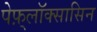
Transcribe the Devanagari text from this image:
पेफ़्लॉक्सासिन